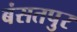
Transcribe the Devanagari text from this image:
बंसतपुर